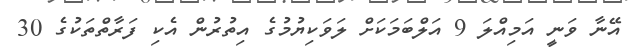
އޭނާ ވަނީ އަމިއްލަ 9 އަލްބަމަކަށް ލަވަކިޔުމުގެ އިތުރުން އެކި ފަރާތްތަކުގެ 30